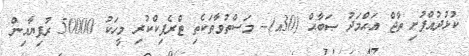
ކުޅުދުއްފުށި ތާޖް އަޙްމަދު ޞަބާޙް (30އ)-- މަސްތުވާތަކެތި ޓްރެފިކްކުރި މީހަކު 50000 ރުފިޔާއިން